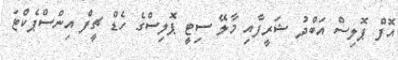
އޮފް ޕޮލިސް އަބްދު ޝަރީފާއި މާލޭ ސިޓީ ޕޮލިސްގެ ހެޑް ޗީފް އިންސްޕެކްޓަ